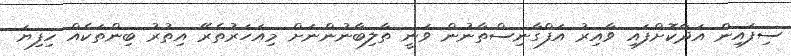
ސިފައިން އަދާކޮށްފައި ވާއިރު އަފްގާނިސްތާނުން ވަނީ ތާލިބާނުންނަށް މިއަހަރުތެރޭ އިތުރު ބިންތަކެއް ހިފިޔަ